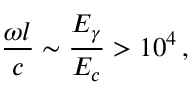
{ \frac { \omega l } { c } } \sim { \frac { E _ { \gamma } } { E _ { c } } } > 1 0 ^ { 4 } \, ,